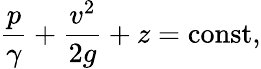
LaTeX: {\frac{p}{\gamma}}+{\frac{v^{2}}{2g}}+z=\mathrm{const},